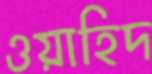
ওয়াহিদ